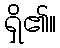
ရှိ၏။